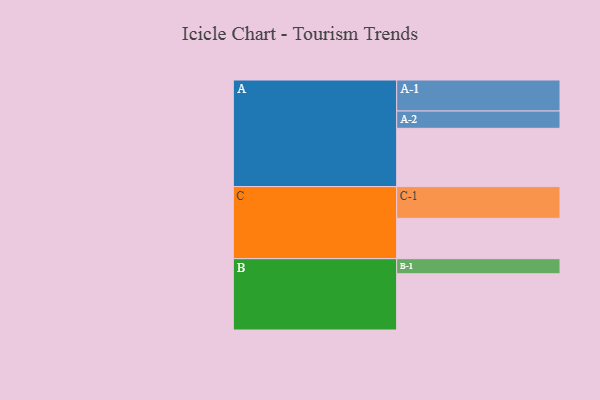
{"axis": {"x": "Segment", "y": "Value"}, "legend": ["", "A", "B", "C"], "data": [{"x": "A", "y": 515, "type": ""}, {"x": "B", "y": 497, "type": ""}, {"x": "C", "y": 357, "type": ""}, {"x": "A-1", "y": 274, "type": "A"}, {"x": "A-2", "y": 153, "type": "A"}, {"x": "B-1", "y": 133, "type": "B"}, {"x": "C-1", "y": 280, "type": "C"}]}